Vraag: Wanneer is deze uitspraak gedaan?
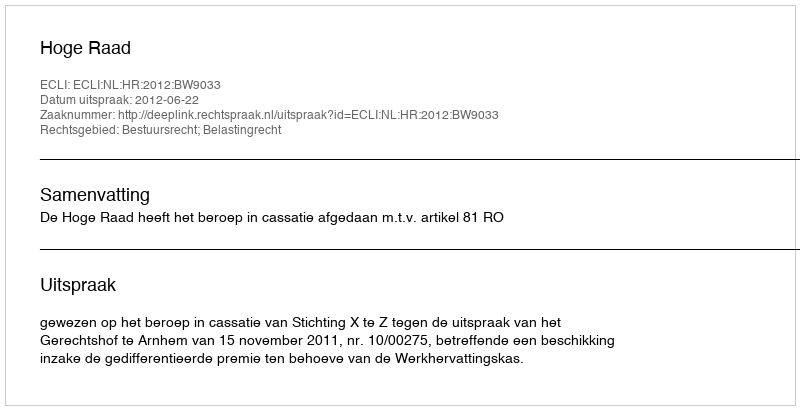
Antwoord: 2012-06-22